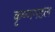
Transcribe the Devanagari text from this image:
कृष्णमहल